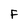
Character: F